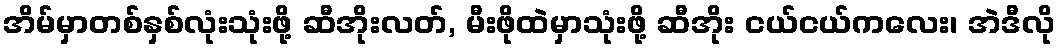
အိမ်မှာတစ်နှစ်လုံးသုံးဖို့ ဆီအိုးလတ်, မီးဖိုထဲမှာသုံးဖို့ ဆီအိုး ငယ်ငယ်ကလေး၊ အဲဒီလို